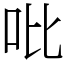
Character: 吡